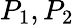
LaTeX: P_{1},P_{2}